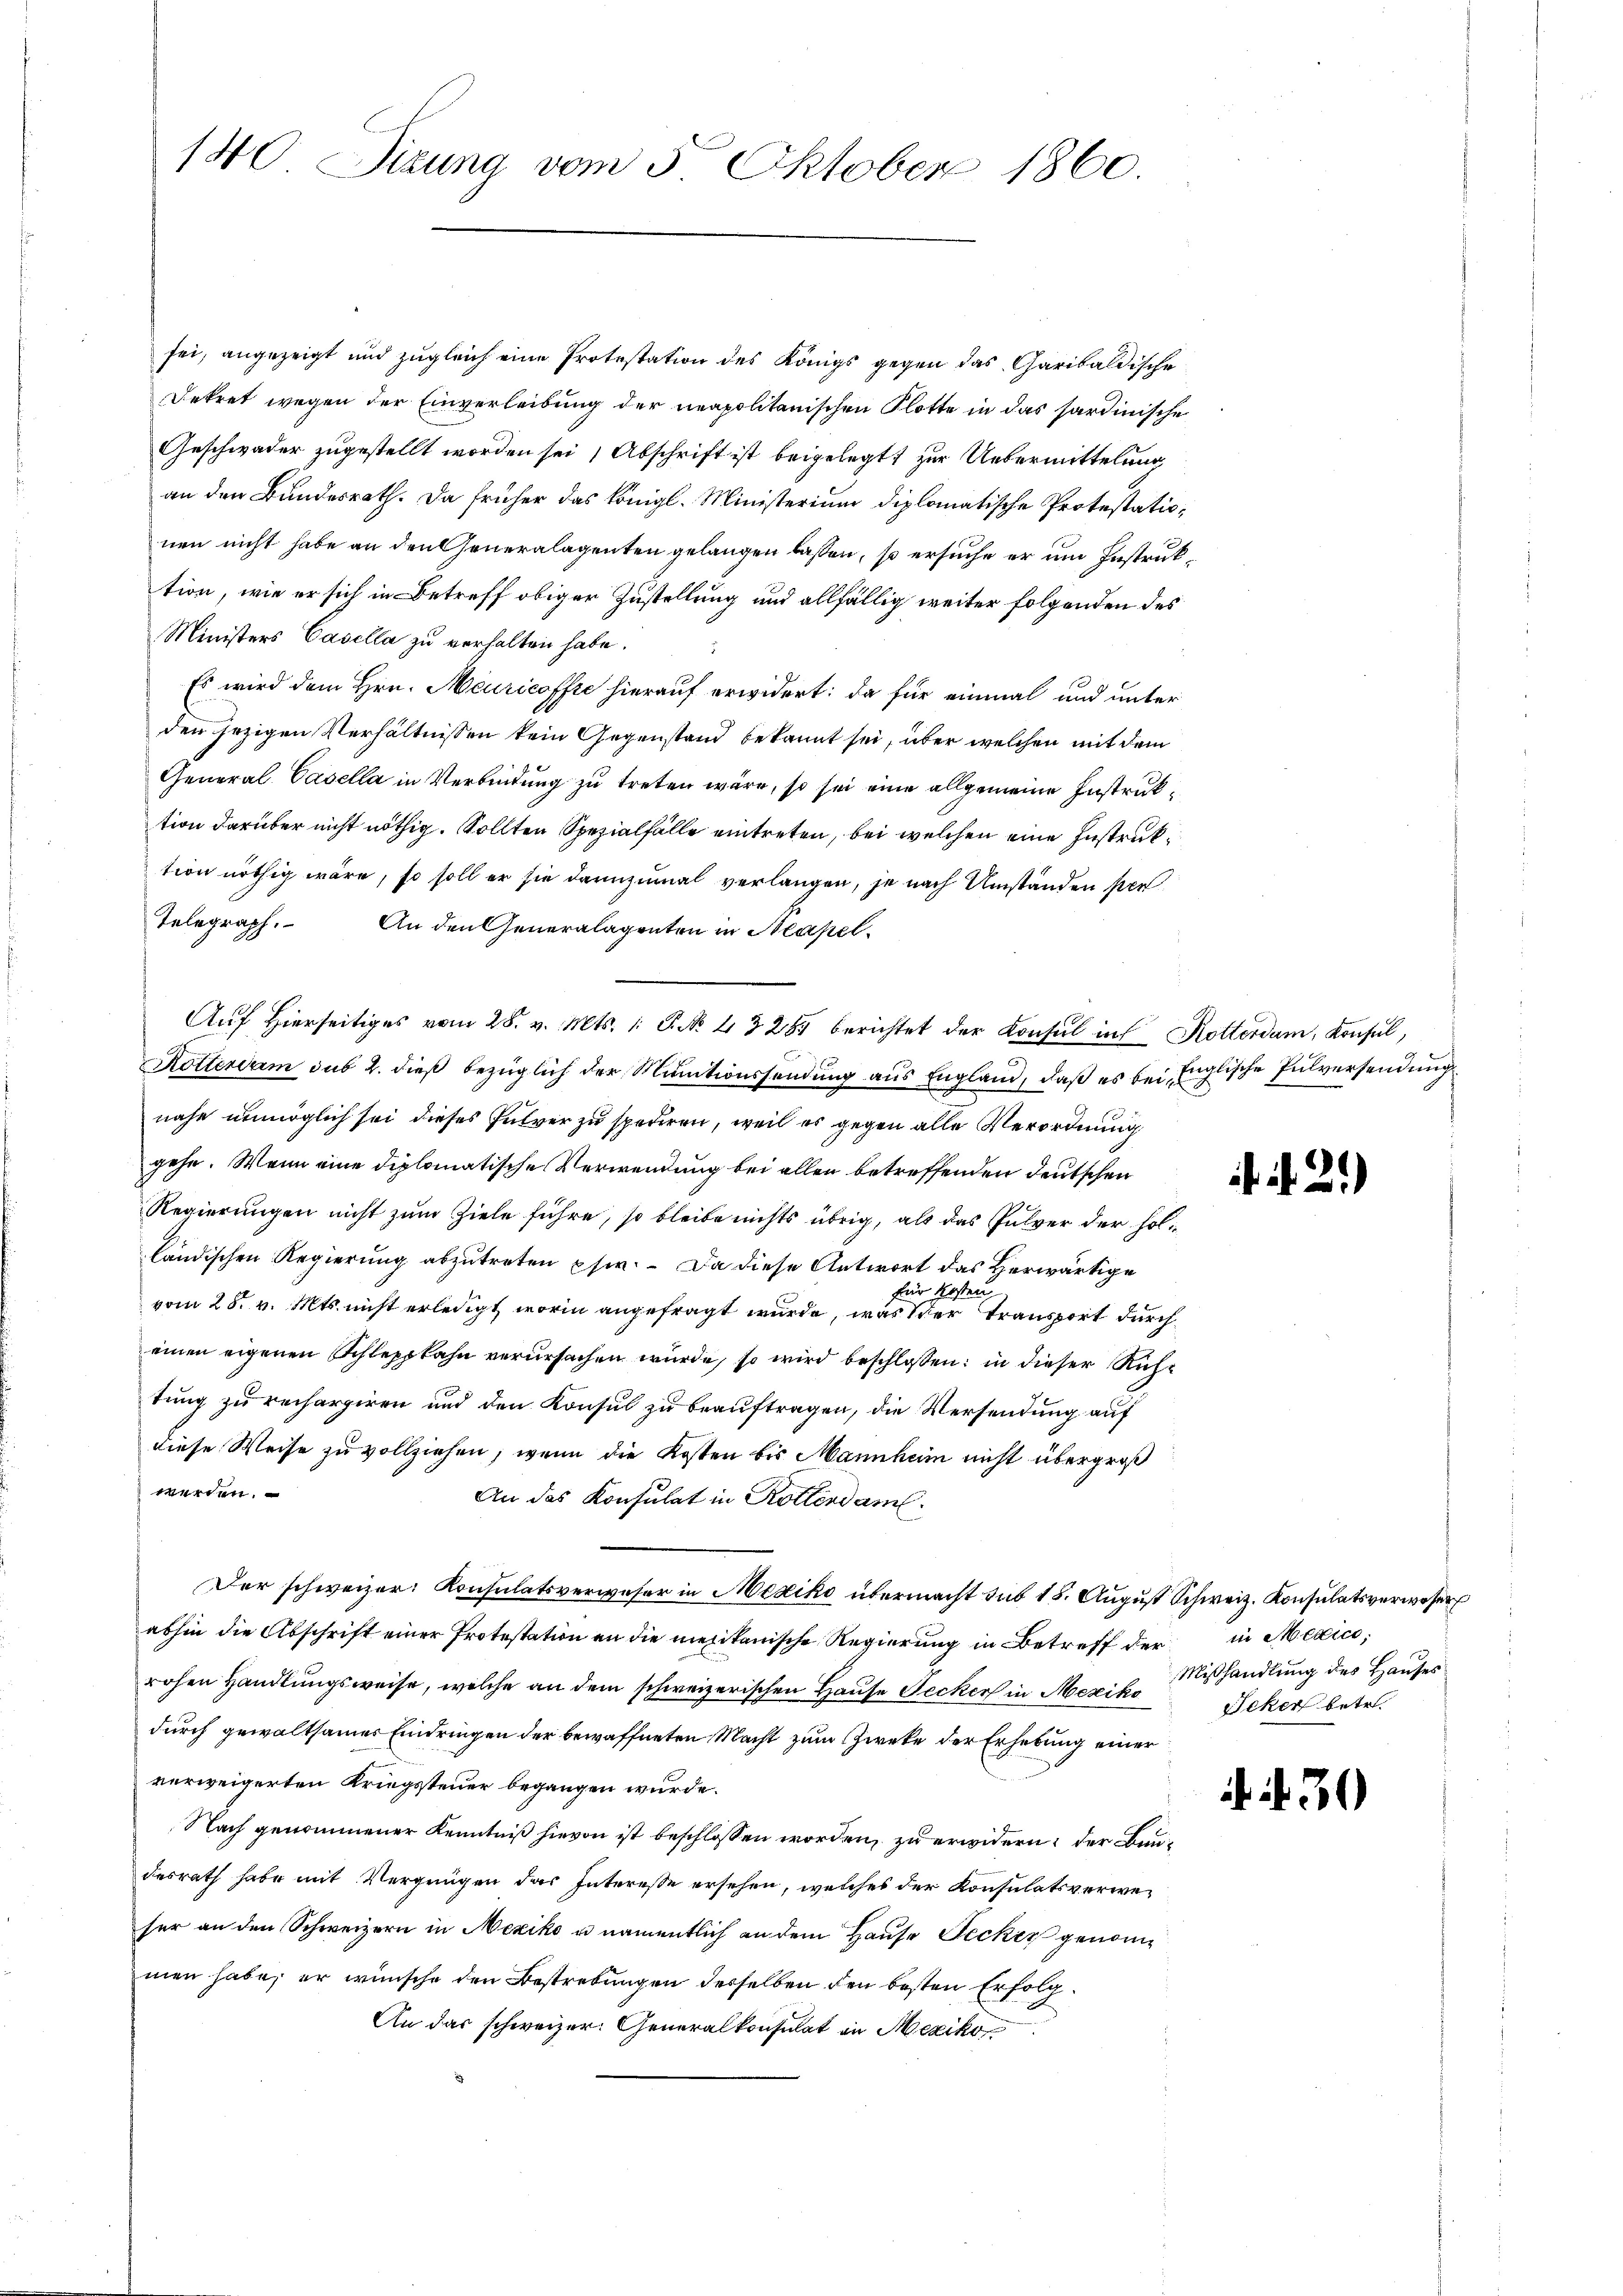
140 Sizung vom 5. Oktober 1860.

sei, angezeigt und zugleich eine Protestation des Königs gegen das Garibaldische
Dekret wegen der Einverleibung der neapolitanischen Plotte in das hardinische
Geschwader zugestellt worden sei, Abschrift ist beigelegt, zur Uebermittelung
an den Bundesrath. Da früher das Königl. Ministerium diplomatische Protestationen nicht habe an den Generalagenten gelangen lassen, so ersuche er um Instruktion, wie er sich in Betreff obiger Zustellung und allfällig weiter folgenden des
Ministers Casella zu verhalten habe.
Es wird dem Hrn. Meuricoffte hierauf erwidert: da für einmal und unter
den jezigen Verhältnissen kein Gegenstand bekannt sei, über welchen mit dem
General Casella in Verbindung zu treten wäre, so sei eine allgemeine Instruktion darüber nicht nöthig. Sollten Spezialfälle eintreten, bei welchen eine Instruktion nöthig wäre, so soll er sie dannzumal verlangen, je nach Umständen per
Telegraph. An den Generalagenten in Neapel-
Aŭf Hierseitiges vom 28. v. Mts. 1. P. No. 43281 berichtet der Konsul in Rotterdam, Konsul,
Rottendum sub 2. dieß bezüglich der Munitionssendung aus England, daß es bei Englische Pulversendung
nahe unmöglich sei dieses Pulver zu spediren, weil es gegen alle Verordnung
gehe. Wenn eine diplomatische Verwendung bei allen betreffenden Deutschen
Regierungen nicht zum Ziele führe, so bleibe nichts übrig, als das Pulver der holländischen Regierung abzutreten pfer.  Da diese Antwort das Herwärtige
.
ten
für
vom 25. v. Mts. nicht erledigt worin angefragt wurde, was der Transport durch
einen eigenen Schleppkahn verursachen wurde, so wird beschlossen: in dieser Richtung zu rechargiren und den Konsul zu beauftragen, die Versendung auf
diese Weise zu vollziehen, wenn die Kosten bis Mannheim nicht übergroß
werden.
An das Konsulat in Rotterdam.
Der schweizer Konsulatsverweser in Mexiko übermacht sub 18. August Schweiz. Konsulatsverweser
abhin die Abschrift einer Protestation an die mexikanische Regierung in Betreff der
rohen Handlungsweise, welche an dem schweizerischen Hause Secker in Mexik Mißhandlung des Hauses
durch gewaltsamer Eindringen der bewaffneten Macht zum Zweke der Erhebung einer
verweigerten Kriegssteuer begangen würde.
Nach genommener Kenntniß hievon ist beschlossen worden, zu erwidern: der Bundesrath habe mit Vergnügen das Interesse ersehen, welches der Konsulatsverweser an den Schweizern in Mexiko u namentlich an dem Hause Jecker genommen habe, er wünsche den Bestrebungen derselben den besten Erfolg¬
An das schweizer. Generalkonsulat in Mexiko

. N. 2.)

in Medici,
Icker betr.

. d. 30